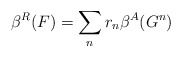
\begin{align*}\beta^R(F) = \sum_nr_n \beta^A(G^n) \end{align*}